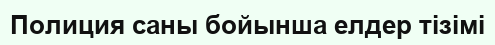
Полиция саны бойынша елдер тізімі